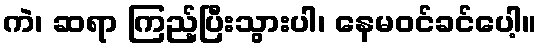
ကဲ၊ ဆရာ ကြည့်ပြီးသွားပါ၊ နေမဝင်ခင်ပေါ့။